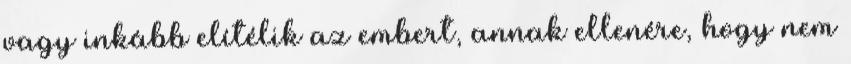
vagy inkább elítélik az embert, annak ellenére, hogy nem